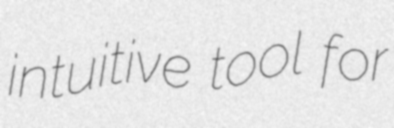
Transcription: intuitive tool for